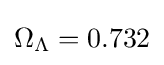
\Omega _{\Lambda }=0.732